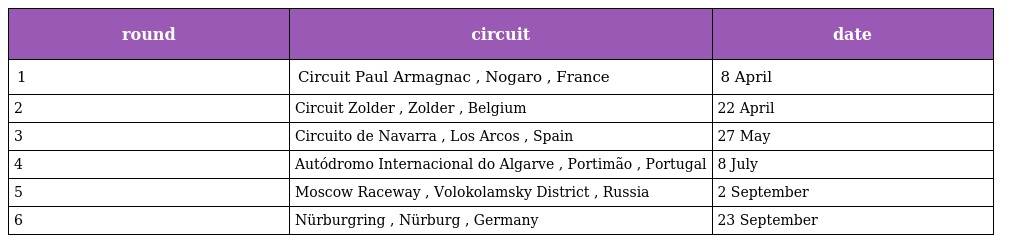
| round | circuit | date |
 | --- | --- | --- |
 | 1 | Circuit Paul Armagnac , Nogaro , France | 8 April |
 | 2 | Circuit Zolder , Zolder , Belgium | 22 April |
 | 3 | Circuito de Navarra , Los Arcos , Spain | 27 May |
 | 4 | Autódromo Internacional do Algarve , Portimão , Portugal | 8 July |
 | 5 | Moscow Raceway , Volokolamsky District , Russia | 2 September |
 | 6 | Nürburgring , Nürburg , Germany | 23 September |